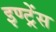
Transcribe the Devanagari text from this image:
इण्ट्रेंस